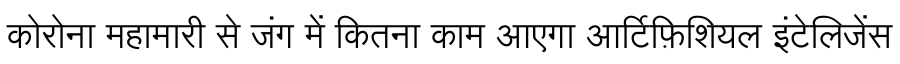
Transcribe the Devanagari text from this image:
कोरोना महामारी से जंग में कितना काम आएगा आर्टिफ़िशियल इंटेलिजेंस